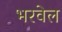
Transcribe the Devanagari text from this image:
भरवेल